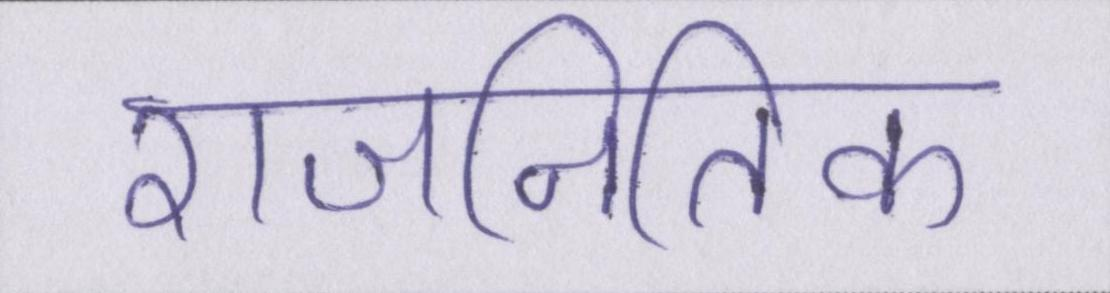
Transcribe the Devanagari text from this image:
राजनितिक